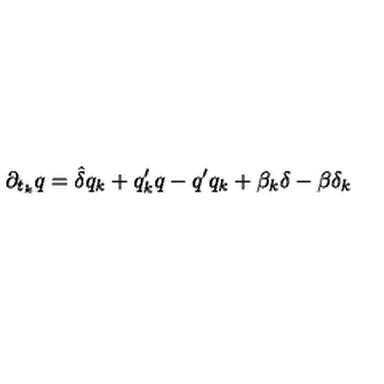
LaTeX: \partial _ { t _ { k } } q = \hat { \delta } q _ { k } + q _ { k } ^ { \prime } q - q ^ { \prime } q _ { k } + \beta _ { k } \delta - \beta \delta _ { k }